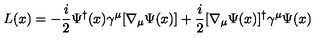
L ( x ) = - { \frac { i } { 2 } } \Psi ^ { \dagger } ( x ) \gamma ^ { \mu } [ \nabla _ { \mu } \Psi ( x ) ] + { \frac { i } { 2 } } [ \nabla _ { \mu } \Psi ( x ) ] ^ { \dagger } \gamma ^ { \mu } \Psi ( x )